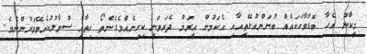
މީކާން އެހާ ބޮޑުވާހަކައެއް ބުނަންއުޅޭތީއާއި އެކަމުން އީރަމް ދެރަވަނީ ކިހިނެއްވެގެންތޯ ހިތާއި ސުވާލުކުރެވޭވަރުންނެވެ.